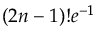
( 2 n - 1 ) ! e ^ { - 1 }